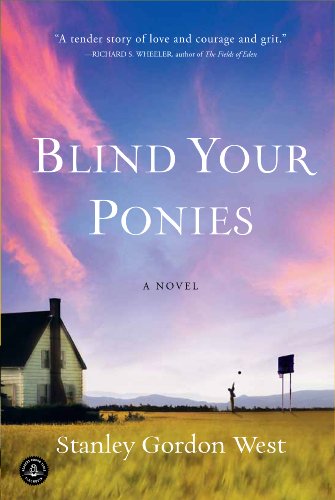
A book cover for Blind Your Ponies; Stanley Gordon West; Literature & Fiction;